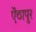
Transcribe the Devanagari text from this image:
ऐंठापुर